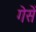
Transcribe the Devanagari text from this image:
गेसें